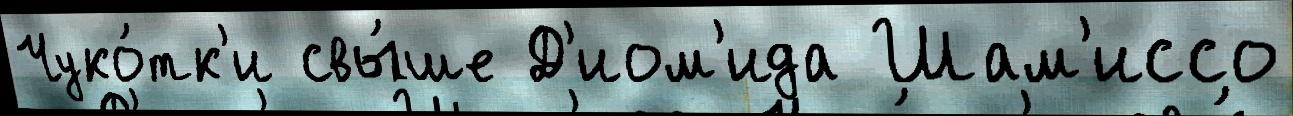
Чуко́тк'и свы́ше Д'иом'ида Шам'иссо